Report of the Lahore Medical School Hospital
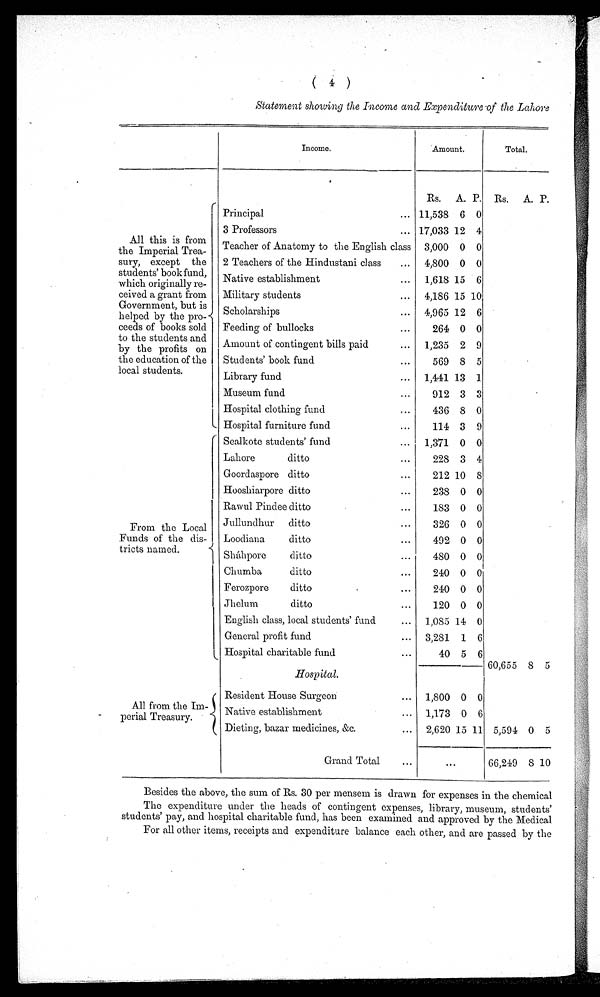
( 4 )
Statement showing the Income and Expenditure of the Lahore
Income.
Amount.
Total.
All this is from
the Imperial Trea-
sury, except the
students’ bookfund,
which originally re-
ceived a grant from
Government, but is
helped by the pro-
ceeds of books sold
to the students and
by the profits on
the education of the
local students.
Rs.
A. P.
Rs.
A. P.
Principal
... 11,538 6 0
3 Professors
... 17,033 12 4
Teacher of Anatomy to the English class
3,000 0 0
2 Teachers of the Hindustani class
...
4,800 0 0
Native establishment
...
1,618 15
6
Military students
...
4,186 15 10
Scholarships
...
4,965 12 6
Feeding of bullocks
...
264 0 0
Amount of contingent bills paid
...
1,235 2 9
Students’ book fund ...
569 8 5
Library fund
...
1,441 13 1
Museum fund
...
912 3 3
Hospital clothing fund
...
436 8 0
Hospital furniture fund
...
114 3 9
From the Local
Funds of the dis-
tricts named.
Sealkote students’ fund ...
1,371 0 0
Lahore ditto
...
2 2 8 3 4
Goordaspore ditto
...
2 1 2 10 8
Hooshiarpore ditto
...
238 0 0
Rawul Pindee ditto
...
183 0 0
Jullundhur ditto
...
326 0 0
Loodiana ditto
...
492 0 0
Sháhpore ditto
...
480 0 0
Chumba ditto
...
240 0
0
Ferozpore ditto ...
240 0 0
Jhelum ditto
...
120 0 0
English class, local students’ fund ...
1,085 14 0
General profit fund
...
3,281
1 6
Hospital charitable fund
...
40 5
6
60,655 8 5
H o s p i t a l .
All from the Im-
perial Treasury.
Resident House Surgeon
...
1,800 0
0
Native establishment
...
1,173 0
6
Dieting, bazar medicines, &c.
...
2,620 15 11 5,594 0 5
Grand Total
...
...
66,249 8 10
Besides the above, the sum of Rs. 30 per mensem is drawn for expenses in the chemical
The expenditure under the heads of contingent expenses, library, museum, students’
students’ pay, and hospital charitable fund, has been examined and approved by the Medical
For all other items, receipts and expenditure balance each other, and are passed by the